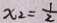
x _ { 2 } = \frac { 1 } { 2 }